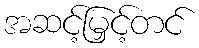
အဆင့်မြှင့်တင်